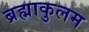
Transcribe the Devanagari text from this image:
ब्रह्माकुलम